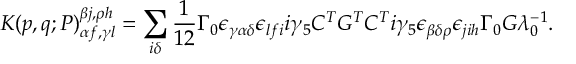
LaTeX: K ( p , q ; P ) _ { \alpha f , \gamma l } ^ { \beta j , \rho h } = \sum _ { i \delta } \frac { 1 } { 1 2 } \Gamma _ { 0 } \epsilon _ { \gamma \alpha \delta } \epsilon _ { l f i } i \gamma _ { 5 } C ^ { T } G ^ { T } C ^ { T } i \gamma _ { 5 } \epsilon _ { \beta \delta \rho } \epsilon _ { j i h } \Gamma _ { 0 } G \lambda _ { 0 } ^ { - 1 } .